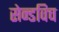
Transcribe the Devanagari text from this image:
सेन्डविच